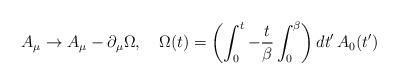
LaTeX: \begin{align*}A_{\mu}\rightarrow A_{\mu} - \partial_{\mu}\Omega,\quad \Omega(t) =\left(\int_{0}^{t} - {t\over \beta}\int_{0}^{\beta}\right)dt'\,A_{0}(t')\end{align*}